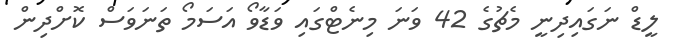
ލީޑް ނަގައިދިނީ މެޗުގެ 42 ވަނަ މިނެޓްގައި ވަޑާވޯ އަސަމޯ ތަނަވަސް ކޮށްދިން